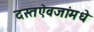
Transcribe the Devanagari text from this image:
दस्तऐवजांमधे